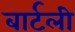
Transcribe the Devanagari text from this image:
बार्टली